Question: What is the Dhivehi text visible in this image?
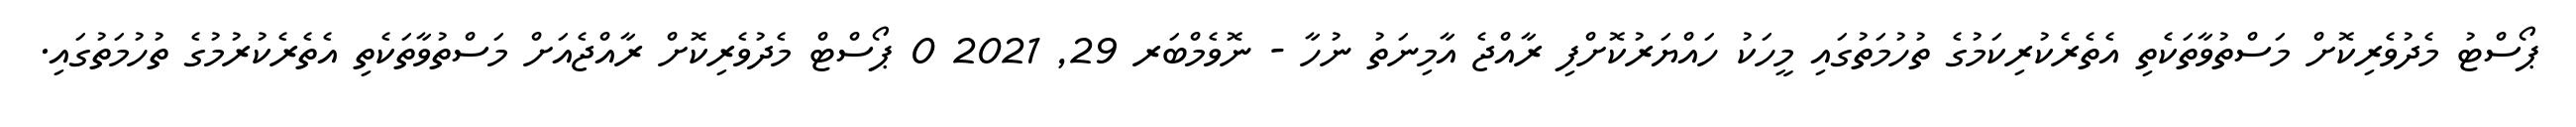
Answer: ޕޯސްޓު މެދުވެރިކޮށް މަސްތުވާތަކެތި އެތެރެކުރިކަމުގެ ތުހުމަތުގައި މީހަކު ހައްޔަރުކޮށްފި ރާއްޖެ އާމިނަތު ނުހާ - ނޮވެމްބަރ 29, 2021 0 ޕޯސްޓް މެދުވެރިކޮށް ރާއްޖެއަށް މަސްތުވާތަކެތި އެތެރެކުރުމުގެ ތުހުމަތުގައި.